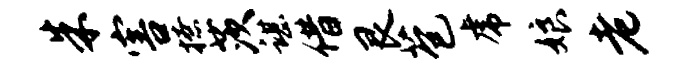
朱害撩茨谌借艮苞虎娘老